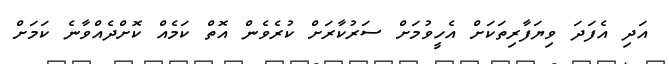
އަދި އެފަދަ ވިޔަފާރިތަކަށް އެހީވުމަށް ސަރުކާރަށް ކުރެވެން އޮތް ކަމެއް ކޮށްދެއްވާނެ ކަމަށް